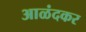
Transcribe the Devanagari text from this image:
आळंदकर